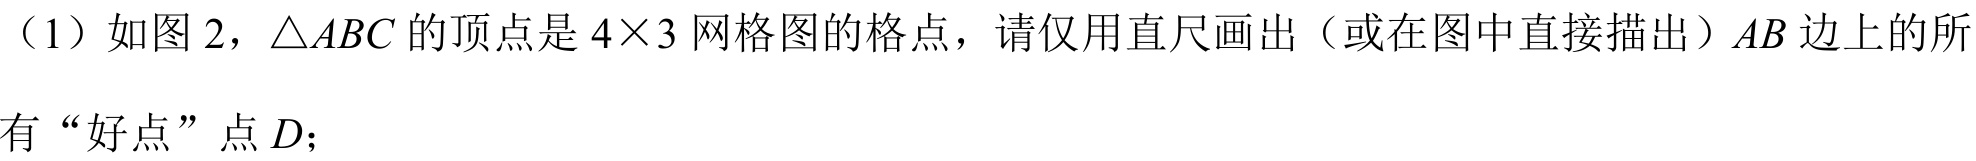
（1）如图2，\(\triangle ABC\)的顶点是\(4\times3\)网格图的格点，请仅用直尺画出（或在图中直接描出）\(AB\)边上的所有“好点”点\(D\)；